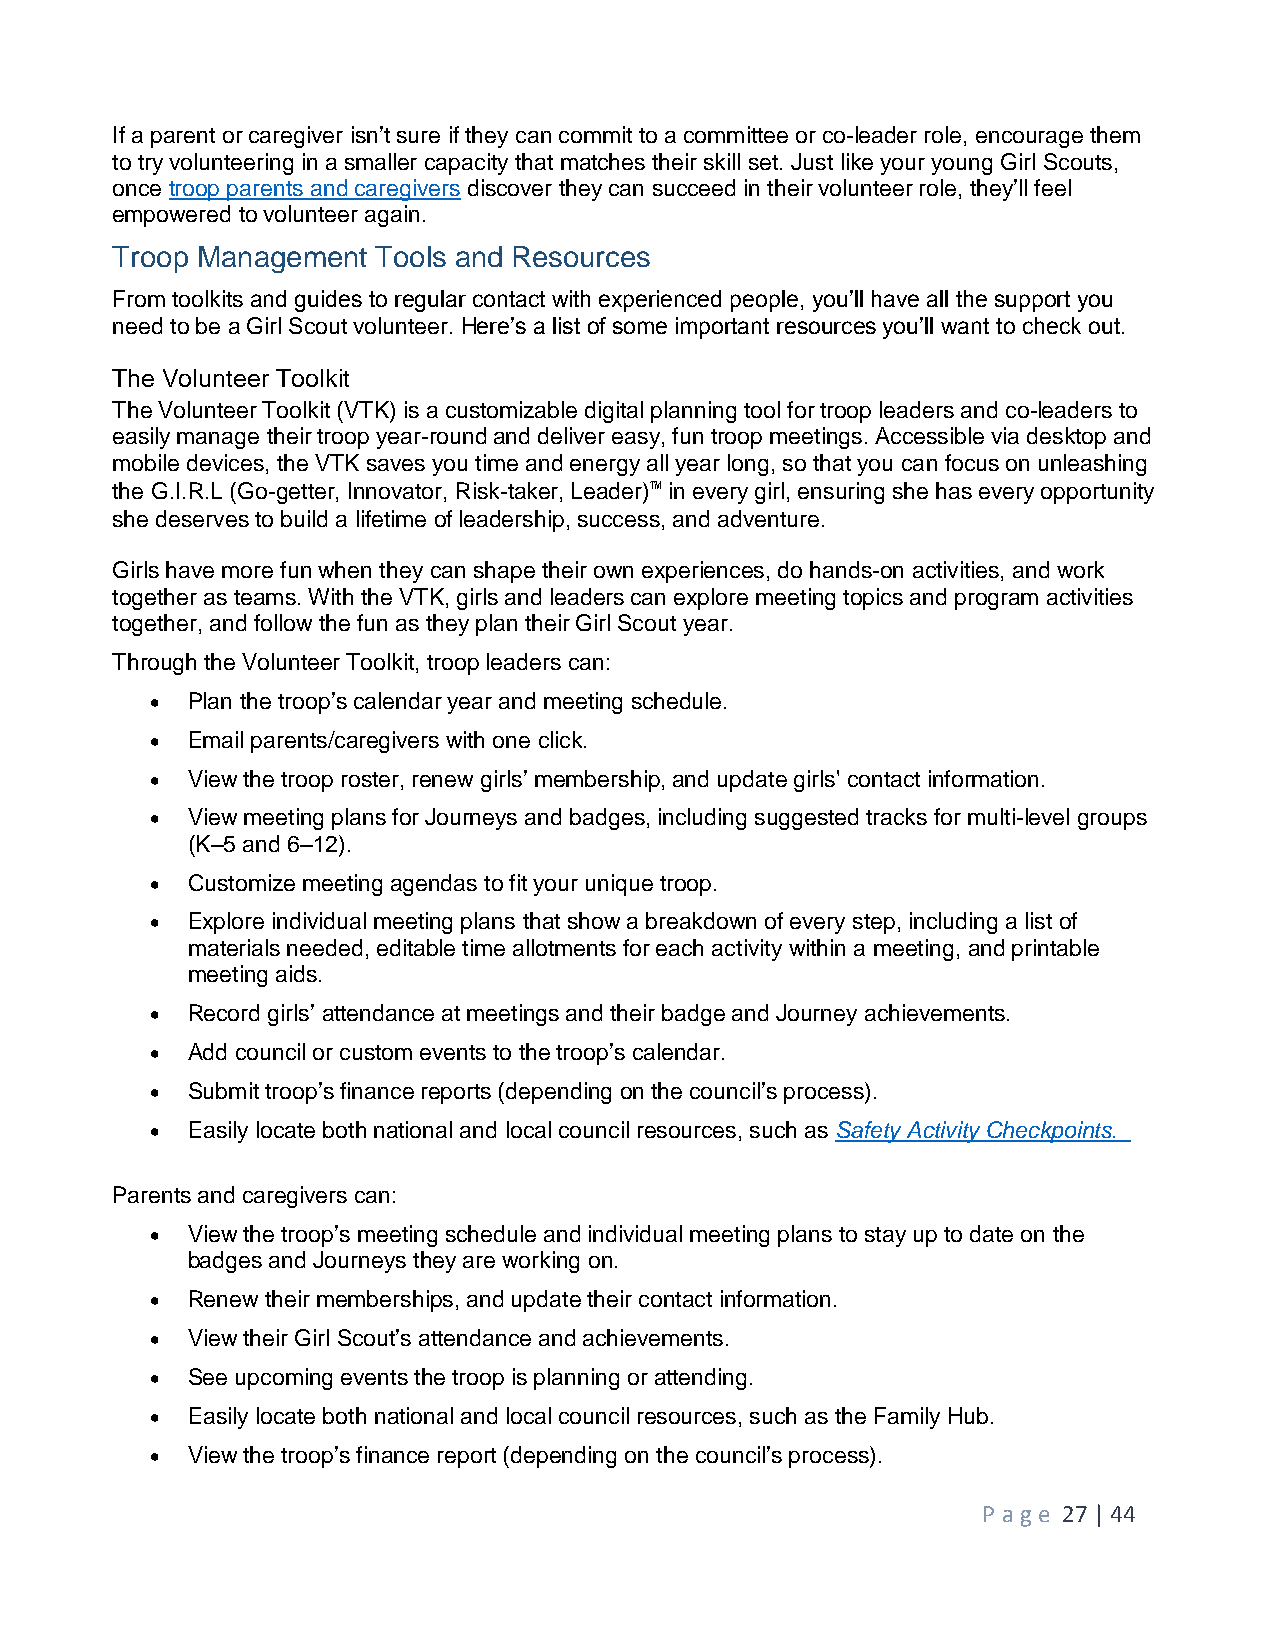
If a parent or caregiver isn’t sure if they can commit to a committee or co-leader role, encourage them
 to try volunteering in a smaller capacity that matches their skill set. Just like your young Girl Scouts,
 once troop parents and caregivers discover they can succeed in their volunteer role, they’ll feel
 empowered to volunteer again.
 Troop Management  Tools and Resources
 From toolkits and guides to regular contact with experienced people, you’ll have all the support you
 need to be a Girl Scout volunteer. Here’s a list of some important resources you’ll want to check out.
 The Volunteer Toolkit
 The Volunteer Toolkit (VTK) is a customizable digital planning tool for troop leaders and co-leaders to
 easily manage their troop year-round and deliver easy, fun troop meetings. Accessible via desktop and
 mobile devices, the VTK saves you time and energy all year long, so that you can focus on unleashing
 the G.I.R.L (Go-getter, Innovator, Risk-taker, Leader)™ in every girl, ensuring she has every opportunity
 she deserves to build a lifetime of leadership, success, and adventure.
 Girls have more fun when they can shape their own experiences, do hands-on activities, and work
 together as teams. With the VTK, girls and leaders can explore meeting topics and program activities
 together, and follow the fun as they plan their Girl Scout year.
 Through the Volunteer Toolkit, troop leaders can:
  Plan the troop’s calendar year and meeting schedule.
  Email parents/caregivers with one click.
  View the troop roster, renew girls’ membership, and update girls' contact information.
  View meeting plans for Journeys and badges, including suggested tracks for multi-level groups
 (K–5 and 6–12).
  Customize meeting agendas to fit your unique troop.
  Explore individual meeting plans that show a breakdown of every step, including a list of
 materials needed, editable time allotments for each activity within a meeting, and printable
 meeting aids.
  Record girls’ attendance at meetings and their badge and Journey achievements.
  Add council or custom events to the troop’s calendar.
  Submit troop’s finance reports (depending on the council’s process).
  Easily locate both national and local council resources, such as Safety Activity Checkpoints.
 Parents and caregivers can:
  View the troop’s meeting schedule and individual meeting plans to stay up to date on the
 badges and Journeys they are working on.
  Renew their memberships, and update their contact information.
  View their Girl Scout’s attendance and achievements.
  See upcoming events the troop is planning or attending.
  Easily locate both national and local council resources, such as the Family Hub.
  View the troop’s finance report (depending on the council’s process).
 P age 27 | 44